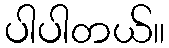
ပါပါတယ်။